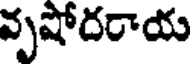
వృషోదరాయ